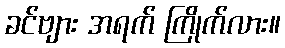
ခင်ဗျား အရက် ကြိုက်လား။